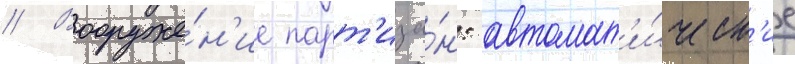
// Вооруже́н'ие парт'иза́н: автомат'и́ческ'ие